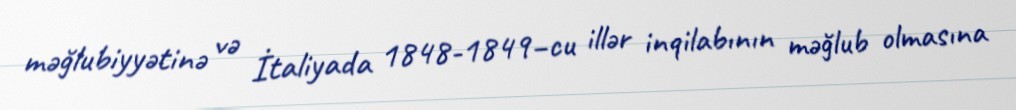
məğlubiyyətinə və İtaliyada 1848-1849–cu illər inqilabının məğlub olmasına